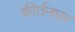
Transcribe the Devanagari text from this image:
कीर्तनघर